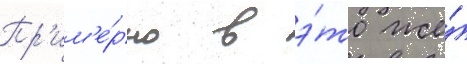
Пр'им'е́рно в э́то же́